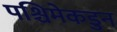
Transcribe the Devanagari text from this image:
पश्चिमेकडुन